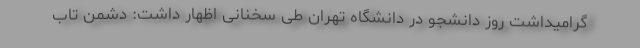
گرامیداشت روز دانشجو در دانشگاه تهران طی سخنانی اظهار داشت: دشمن تاب